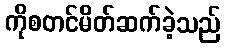
ကိုစတင်မိတ်ဆက်ခဲ့သည်